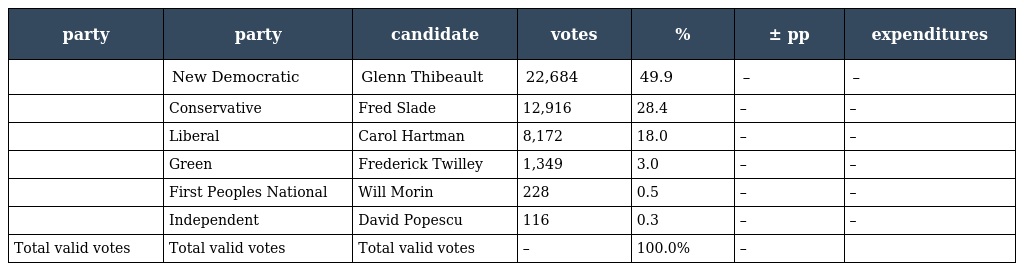
| party | party | candidate | votes | % | ± pp | expenditures |
 | --- | --- | --- | --- | --- | --- | --- |
 |  | New Democratic | Glenn Thibeault | 22,684 | 49.9 | – | – |
 |  | Conservative | Fred Slade | 12,916 | 28.4 | – | – |
 |  | Liberal | Carol Hartman | 8,172 | 18.0 | – | – |
 |  | Green | Frederick Twilley | 1,349 | 3.0 | – | – |
 |  | First Peoples National | Will Morin | 228 | 0.5 | – | – |
 |  | Independent | David Popescu | 116 | 0.3 | – | – |
 | Total valid votes | Total valid votes | Total valid votes | – | 100.0% | – |  |